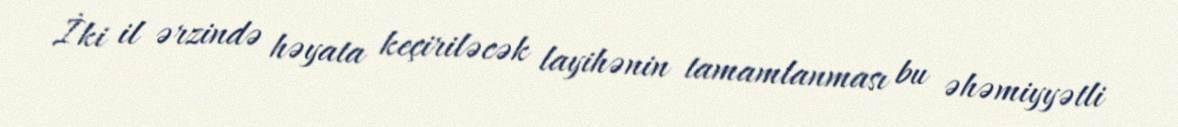
İki il ərzində həyata keçiriləcək layihənin tamamlanması bu əhəmiyyətli